Annual administration report of the Civil Veterinary Department of India - 1895-1896
Year: 1895
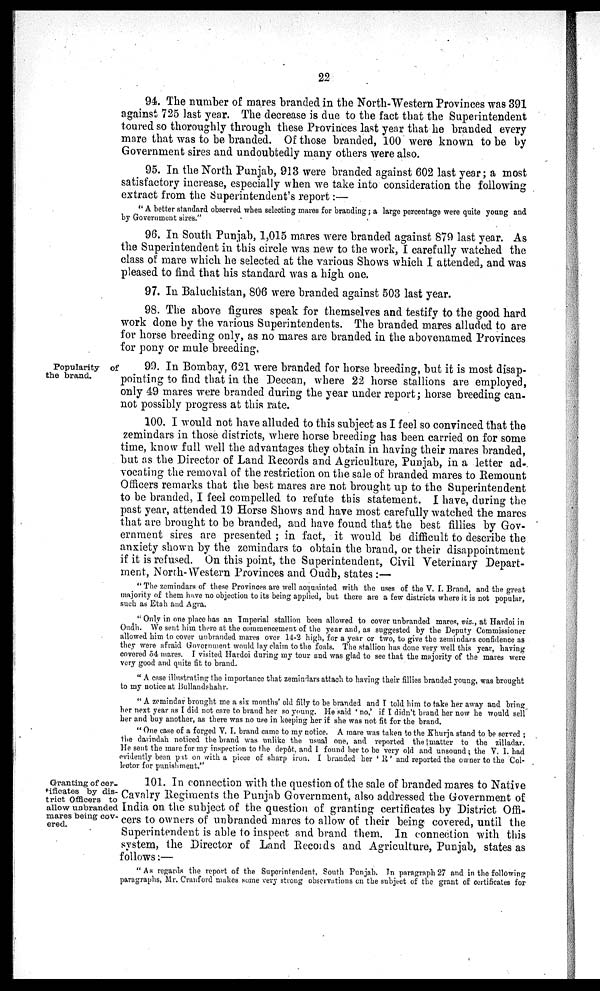
22
94. The number of mares branded in the North-Western Provinces was 391
against 725 last year. The decrease is due to the fact that the Superintendent
toured so thoroughly through these Provinces last year that he branded every
mare that was to be branded. Of those branded, 100 were known to be by
Government sires and undoubtedly many others were also.
95. In the North Punjab, 913 were branded against 602 last year; a most
satisfactory increase, especially when we take into consideration the following
extract from the Superintendent's report:—
"A better standard observed when selecting mares for branding; a large percentage were quite young and
by Government sires."
96. In South Punjab, 1,015 mares were branded against 879 last year. As
the Superintendent in this circle was new to the work, I carefully watched the
class of mare which he selected at the various Shows which I attended, and was
pleased to find that his standard was a high one.
97. In Baluchistan, 806 were branded against 503 last year.
98. The above figures speak for themselves and testify to the good hard
work done by the various Superintendents. The branded mares alluded to are
for horse breeding only, as no mares are branded in the abovenamed Provinces
for pony or mule breeding.
Popularity of
the brand.
99. In Bombay, 621 were branded for horse breeding, but it is most disap-
pointing to find that in the Deccan, where 22 horse stallions are employed,
only 49 mares were branded during the year under report; horse breeding can-
not possibly progress at this rate.
100. I would not have alluded to this subject as I feel so convinced that the
zemindars in those districts, where horse breeding has been carried on for some
time, know full well the advantages they obtain in having their mares branded,
but as the Director of Land Records and Agriculture, Punjab, in a letter ad-
vocating the removal of the restriction on the sale of branded mares to Remount
Officers remarks that the best mares are not brought up to the Superintendent
to be branded, I feel compelled to refute this statement. I have, during the
past year, attended 19 Horse Shows and have most carefully watched the mares
that are brought to be branded, and have found that the best fillies by Gov-
ernment sires are presented; in fact, it would be difficult to describe the
anxiety shown by the zemindars to obtain the brand, or their disappointment
if it is refused. On this point, the Superintendent, Civil Veterinary Depart-
ment, North-Western Provinces and Oudh, states:—
"The zemindars of these Provinces are well acquainted with the uses of the V. I. Brand, and the great
majority of them have no objection to its being applied, but there are a few districts where it is not popular,
such as Etah and Agra.
"Only in one place has an Imperial stallion been allowed to cover unbranded mares, viz., at Hardoi in
Oudh. We sent him there at the commencement of the year and, as suggested by the Deputy Commissioner
allowed him to cover unbranded mares over 14-2 high, for a year or two, to give the zemindars confidence as
they were afraid Government would lay claim to the foals. The stallion has done very well this year, having
covered 54 mares. I visited Hardoi during my tour and was glad to see that the majority of the mares were
very good and quite fit to brand.
"A case illustrating the importance that zemindars attach to having their fillies branded young, was brought
to my notice at Bullandshahr.
"A zemindar brought me a sis months' old filly to be branded and I told him to take her away and bring
her next year as I did not care to brand her so young. He said 'no,' if I didn't brand her now he would sell
her and buy another, as there was no use in keeping her if she was not fit for the brand.
"One case of a forged V. I. brand came to my notice. A mare was taken to the Khurja stand to be served;
the darindah noticed the brand was unlike the usual one, and reported the matter to the zilladar.
He sent the mare for my inspection to the depôt, and I found her to he very old and unsound; the V. I. had
evidently been put on with a piece of sharp iron. I branded her 'R' and reported the owner to the Col-
lector for punishment."
Granting of cer-
tificates by dis-
trict Officers to
allow unbranded
mares being cov-
ered.
101. In connection with the question of the sale of branded mares to Native
Cavalry Regiments the Punjab Government, also addressed the Government of
India on the subject of the question of granting certificates by District Offi-
cers to owners of unbranded mares to allow of their being covered, until the
Superintendent is able to inspect and brand them. In connection with this
system, the Director of Land Records and Agriculture, Punjab, states as
follows:—
"As regards the report of the Superintendent, South Punjab. In paragraph 27 and in the following
paragraphs, Mr. Cranford makes some very strong observations on the subject of the grant of certificates for